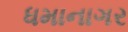
ધમાનાગર